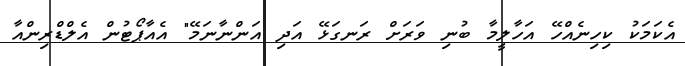
އެކަމަކު ކިހިނެއްހޭ އަހާލީމާ ބުނި ވަރަށް ރަނގަޅޭ އަދި އަންނާނަމޭ" އެއާޕޯޓުން އެލްޑްރިންއާ